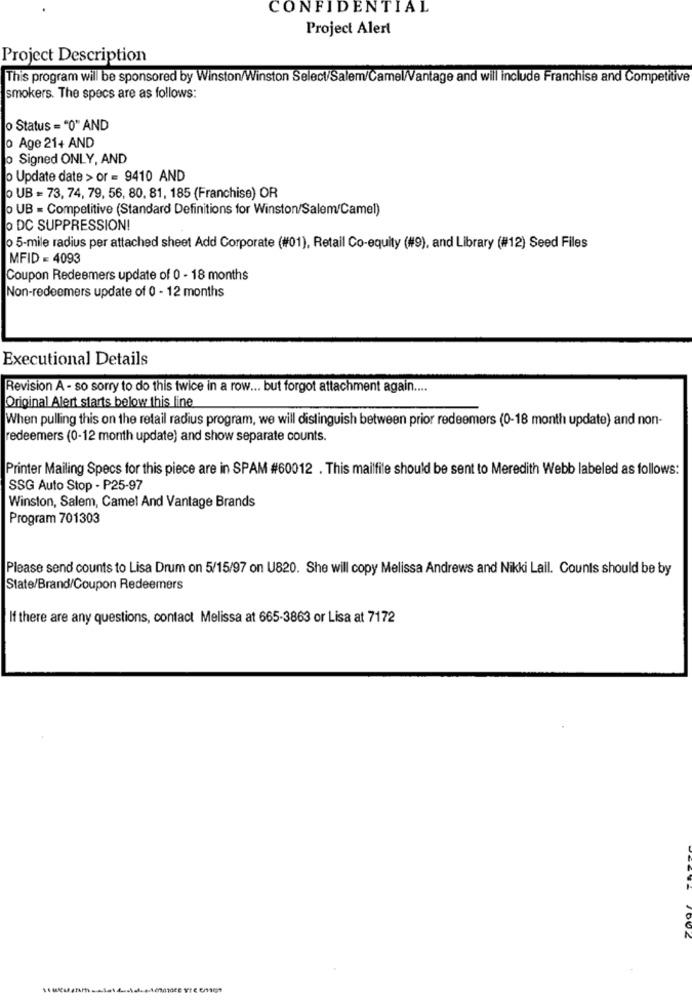
CONFIDENTIAL
Project Alert
Project Description
This program will be sponsored by Winston/Winston Select/Salem/Camel/Vantage and will include Franchise and Competitive
smokers. The specs are as follows:
o Status = "0" AND
o Age 21+ AND
o Signed ONLY, AND
o Update date > or = 9410 AND
o UB = 73, 74, 79, 56, 80, 81, 185 (Franchise) OR
· UB - Competitive (Standard Definitions for Winston/Salem'Camel)
o DC SUPPRESSION!
o 5-mile radius per attached sheet Add Corporate (#01), Retail Co-equity (#9), and Library (#12) Seed Files
MFID = 4093
Coupon Redeemers update of 0 - 18 months
Non-redeemers update of 0 - 12 months
Executional Details
Revision A - so sorry to do this twice in a row ... but forgot attachment again ....
Original Alert starts below this line
When pulling this on the retail radius program, we will distinguish between prior redeemers (0-18 month update) and non-
redeemers (0-12 month update) and show separate counts.
Printer Mailing Specs for this piece are in SPAM #60012 . This mailfile should be sent to Meredith Webb labeled as follows:
SSG Auto Stop - P25-97
Winston, Salem, Camel And Vantage Brands
Program 701303
Please send counts to Lisa Drum on 5/15/97 on U820. She will copy Melissa Andrews and Nikki Lail. Counts should be by
State/Brand/Coupon Redeemers
If there are any questions, contact Melissa at 665-3863 or Lisa at 7172